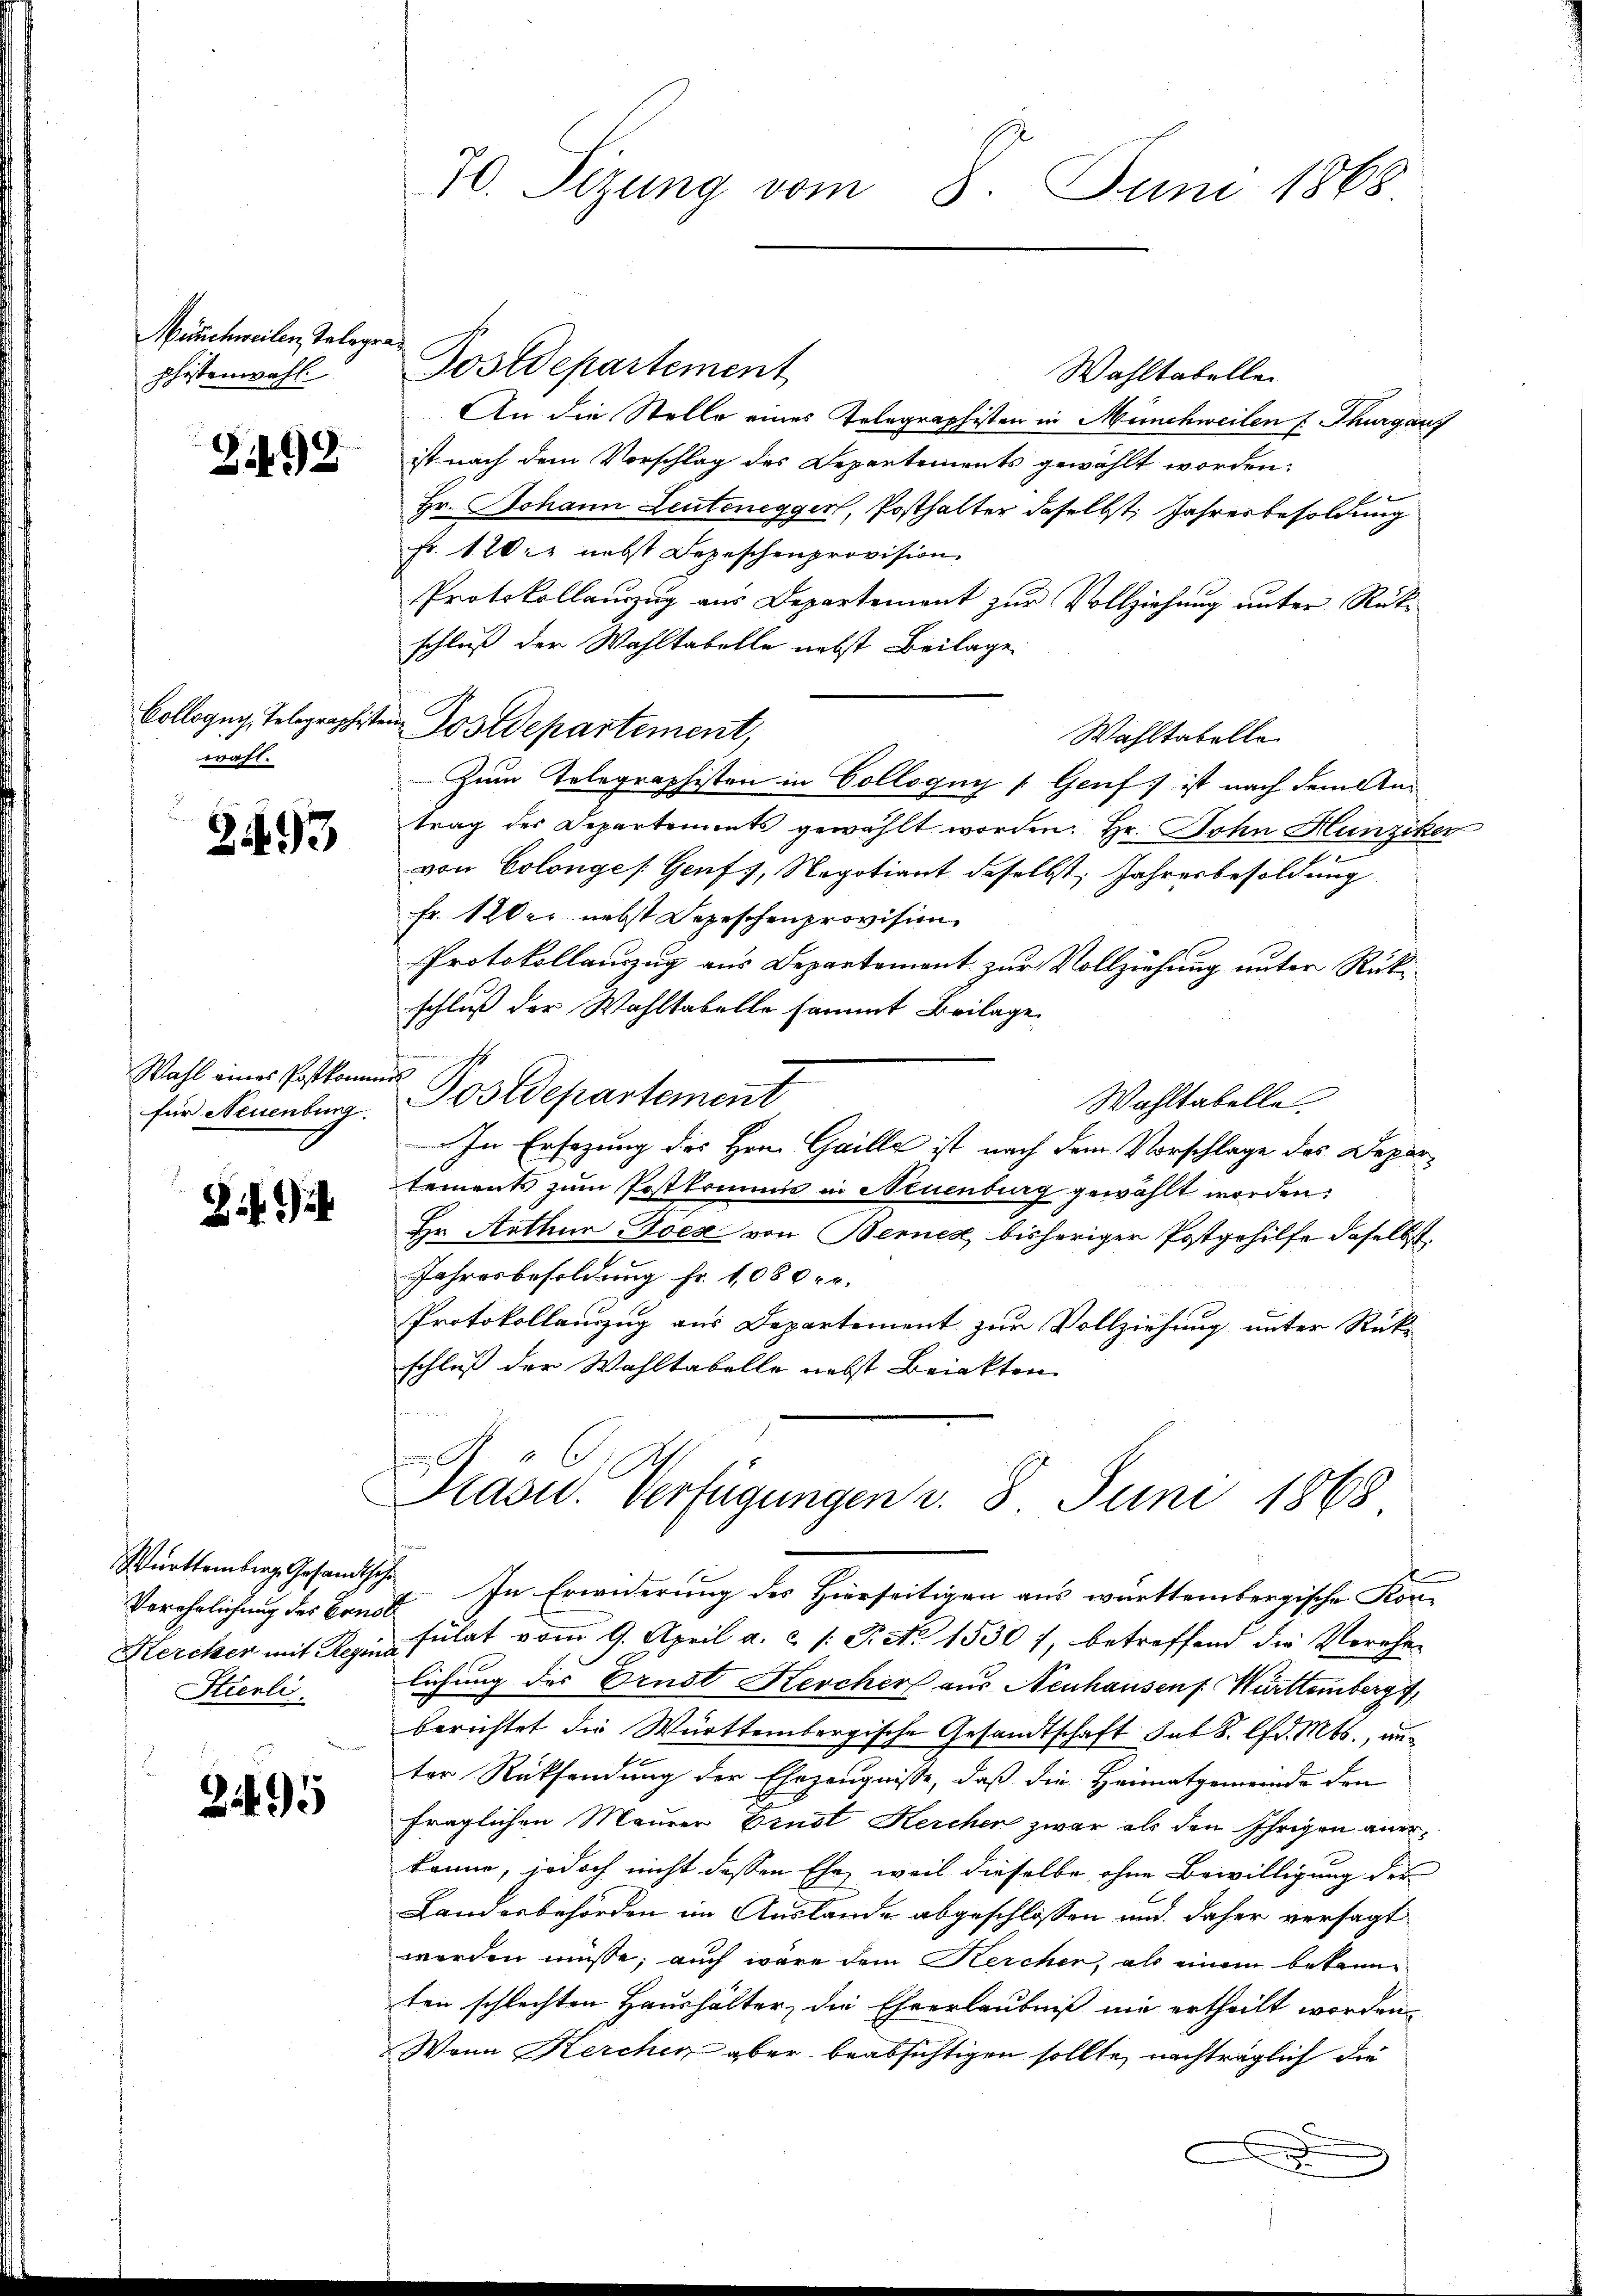
Muschweilen, Telegrapfistenwahl

2492

Collogug, Telegraphiste
wahl.

3493

Wahl eines Postkan
für Neuenbin

B)

Verehrlichung des Ernst
Stierli

2495

70. Sizung vom 8. Juni 1868

Wahltabellei
An die Stelle eines Telegraphisten in Münchweilen Thurgaus
ist nach dem Vorschlag des Departements gewählt worden.
.
Hr. Johann Leutenegger, Posthalter daselbst, Jahresbesoldung
Fr. 120. nebst Depeschenprovision
Protokollauszug aus Departement zur Vollziehung unter Rükschluß der Wahltabelle nebst Beilage
Wahltabelle
Zum Telegraphisten in Colloguy (Genf ist nach dem Antrag des Departements gewählt worden. Hr. John Hunziker
von Colonges Genf 1, Negotiant deselbst, Jahresbesoldung
Fr. 120 er nebst Depeschenprovision
Protokollauszug aus Departement zur Vollziehung unter Rükschluß der Wahltabelle sammt Beilage
s
Postdepartement
Wahltabelle
In Ersezung des Hrn. Gaille ist nach dem Vorschlage des Departements zum Postkommis in Neuenburg gewählt worden:
Hr. Arthur Poex von Bennes bisheriger Postgehilfe daselbst.
Jahresbesoldung fr. 1080 xr.
Protokollauszug aus Departement zur Vollziehung unter Rekr
schluß der Wahltabelle nebst Beinkten

Postdepartement

ten Postdepartement,

Prase. Verfügungen v. 8. Juni 1868

Württembra Gesandtsche In Erwiderung des Hierseitigen aus württembergische Kor¬
Kercher mit Reginnsulat vom 9. April a. c. /: P. Nr. 1530), betreffend die Verehe
lichung des Ernst Kercher aus Neuhausen Württemberg
berichtet die Württembergische Gesandtschaft sub S. lfd. Mts., anter Rücksendung der Ehezeugnisse, daß die Heimatgemeinde den
fraglichen Maurer Ernst Kerchen zwar als den Ihrigen anerkönne, jedoch nicht dessen Ehe, weil dieselbe ohne Bewilligung der
Landesbehörden im Auslande abgeschlossen und daher versagt
werden müsse, auch wäre dem Kercher, als einen bekann
ten schlechten Haushälter, die Ehrerlaubniß nie ertheilt worden.
Wann Kerchen aber beabsichtigen sollte, nachträglich die